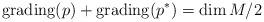
LaTeX: \begin{align*}\mathrm{grading}(p)+\mathrm{grading}(p^*)=\dim M/2\end{align*}